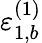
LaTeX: \varepsilon_{1,b}^{(1)}